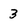
Character: 3